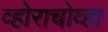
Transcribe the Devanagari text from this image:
व्होराचोव्हा